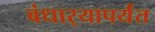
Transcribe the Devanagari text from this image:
बंधार्‍यापर्यंत